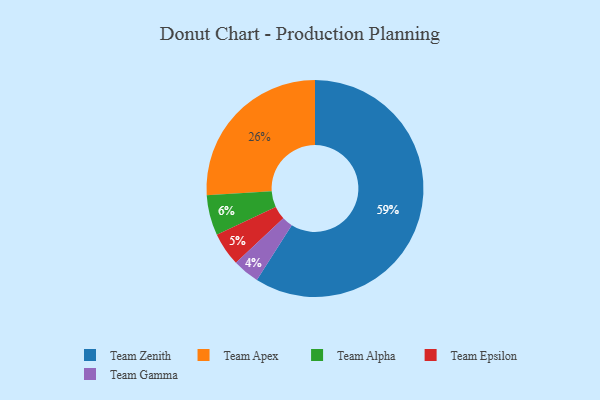
{"axis": {"x": "Category", "y": "Percentage"}, "legend": ["Team Alpha", "Team Apex", "Team Epsilon", "Team Gamma", "Team Zenith"], "data": [{"x": "Team Gamma", "y": 4, "type": "Team Gamma"}, {"x": "Team Zenith", "y": 59, "type": "Team Zenith"}, {"x": "Team Apex", "y": 26, "type": "Team Apex"}, {"x": "Team Epsilon", "y": 5, "type": "Team Epsilon"}, {"x": "Team Alpha", "y": 6, "type": "Team Alpha"}]}